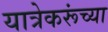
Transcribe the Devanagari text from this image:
यात्रेकरूंच्या